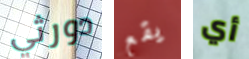
دورثي يقع أي